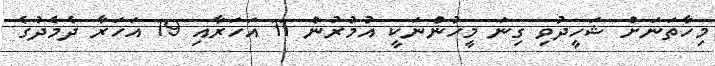
މިހާތަނަށް ޝަހީދުވި ގިނަ މީހުންނަކީ އުމުރުން 11 އަހަރާއި 19 އަހަރާ ދެމެދުގެ